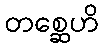
တစ္ဆေဟိ